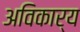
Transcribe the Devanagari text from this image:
अविकार्य